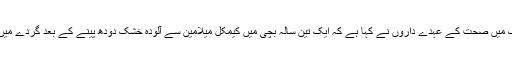
22ستمبر 2008ء)ہانگ کانگ میں صحت کے عہدے داروں نے کہا ہے کہ ایک تین سالہ بچی میں کیمکل میلامین سے آلودہ خشک دودھ پینے کے بعد گردے میں پتھری کی تشخیص ہوئی ہے۔